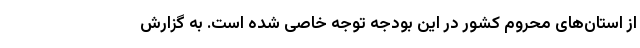
از استان‌های محروم کشور در این بودجه توجه خاصی شده است. به گزارش